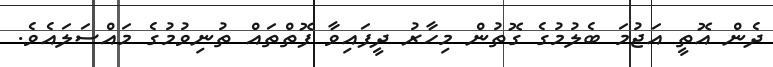
ދެން އޮތީ އަޖުމަ ބެލުމުގެ ގޮތުން މިހާރު ދީފައިވާ ފޮތްތައް ތުނިވުމުގެ މައްސަލައެވެ.